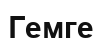
Гемге